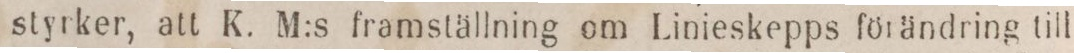
styrker, att K. M:s framställning om Linieskepps förändring till